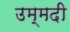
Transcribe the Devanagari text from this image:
उम्मदी